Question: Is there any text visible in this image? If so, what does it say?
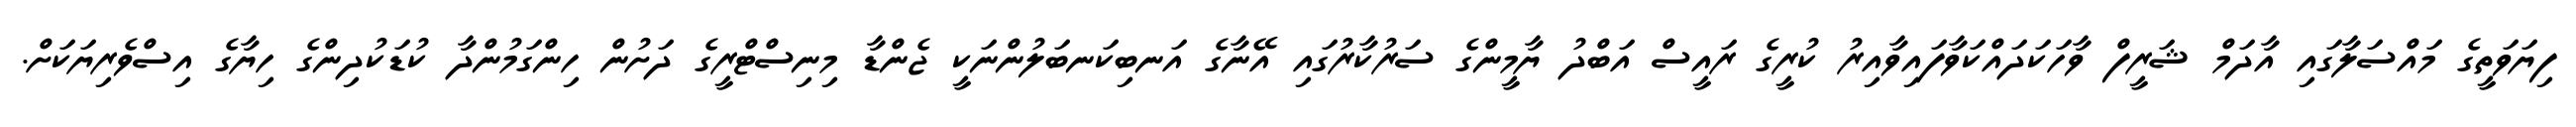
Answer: ފިޔަވަތީގެ މައްސަލާގައި އާދަމް ޝަރީފް ވާހަކަދައްކަވާފައިވާއިރު ކުރީގެ ރައީސް އަބްދު ޔާމީންގެ ސަރުކާރުގައި އޭނާގެ އަނބިކަނބަލުންނަކީ ޖެންޑާ މިނިސްޓްރީގެ ދަށުން ހިންގަމުންދާ ކުޑަކުދިންގެ ހިޔާގެ އިސްވެރިޔަކަށް.